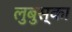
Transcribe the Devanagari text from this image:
लुबुस्का